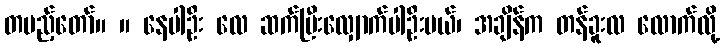
တပည့်တော်။ ။ နေပါဦး လေ ဆက်ပြီးလျှောက်ပါဦးမယ်၊ အချိန်က တန်ခူးလ လောက်လို့